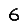
Digit: 6